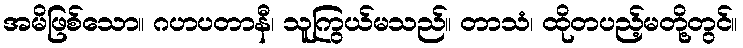
အမိဖြစ်သော။ ဂဟပတာနီ၊ သူကြွယ်မသည်။ တာသံ၊ ထိုတပည့်မတို့တွင်။